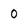
Character: 0